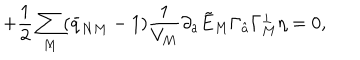
\qquad \qquad \qquad \qquad + { \frac { 1 } { 2 } } \sum _ { M } ( \bar { q } _ { N M } - 1 ) { \frac { 1 } { V _ { M } } } \partial _ { a } \tilde { E } _ { M } \Gamma _ { \hat { a } } \Gamma _ { M } ^ { \perp } \eta = 0 ,